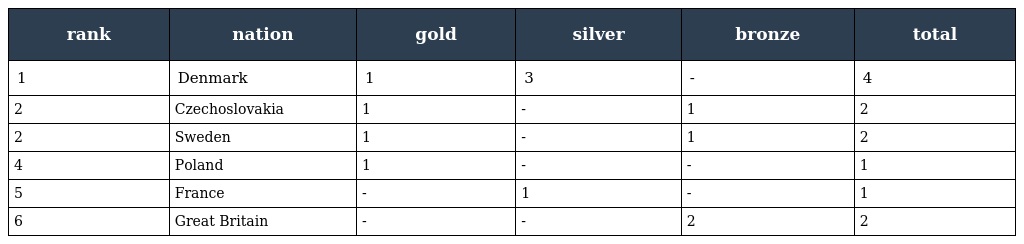
| rank | nation | gold | silver | bronze | total |
 | --- | --- | --- | --- | --- | --- |
 | 1 | Denmark | 1 | 3 | - | 4 |
 | 2 | Czechoslovakia | 1 | - | 1 | 2 |
 | 2 | Sweden | 1 | - | 1 | 2 |
 | 4 | Poland | 1 | - | - | 1 |
 | 5 | France | - | 1 | - | 1 |
 | 6 | Great Britain | - | - | 2 | 2 |